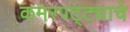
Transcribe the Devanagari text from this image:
कमरपट्ट्याचे